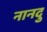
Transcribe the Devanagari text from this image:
नानदु